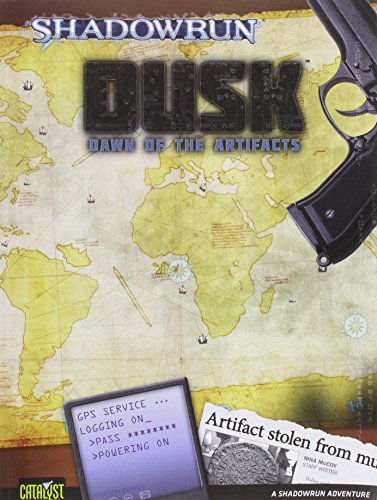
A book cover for Shadowrun Dawn of Artifacts Dusk 1; Jennifer Harding; Science Fiction & Fantasy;